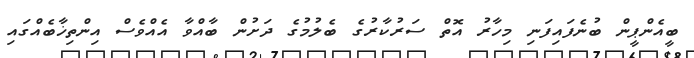
ބީއެންޕީން ބުނެފައިފަނި މިހާރު އޮތް ސަރުކާރުގެ ބެލުމުގެ ދަށުން ބާއްވާ އެއްވެސް އިންތިޚާބެއްގައި